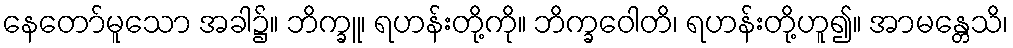
နေတော်မူသော အခါ၌။ ဘိက္ခူ၊ ရဟန်းတို့ကို။ ဘိက္ခဝေါတိ၊ ရဟန်းတို့ဟူ၍။ အာမန္တေသိ၊